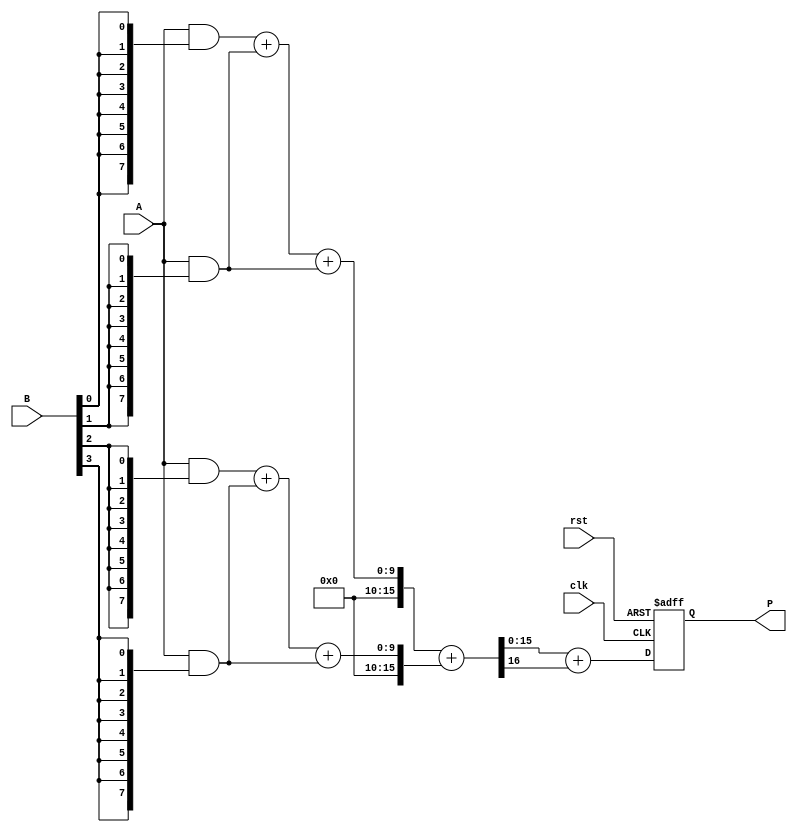
module wallace_tree_multiplier #(parameter WIDTH = 8) (
    input wire [WIDTH-1:0] A,
    input wire [WIDTH-1:0] B,
    input wire clk,
    input wire rst,
    output reg [2*WIDTH-1:0] P
);

    // Partial product generation
    wire [WIDTH-1:0] partial_products[WIDTH-1:0];
    genvar i;
    generate
        for (i = 0; i < WIDTH; i = i + 1) begin : pp_gen
            assign partial_products[i] = A & {WIDTH{B[i]}};
        end
    endgenerate

    // Wallace tree reduction
    wire [2*WIDTH-1:0] sum[WIDTH-1:0];
    wire [WIDTH-1:0] carry[WIDTH-1:0];

    // Level 1 reduction
    generate
        for (i = 0; i < WIDTH; i = i + 1) begin : level1
            if (i % 2 == 0 && i + 1 < WIDTH) begin
                assign {carry[i], sum[i]} = partial_products[i] + partial_products[i + 1];
            end else if (i % 2 == 1) begin
                assign sum[i] = partial_products[i];
                assign carry[i] = 0;
            end
        end
    endgenerate

    // Level 2 reduction
    wire [2*WIDTH-1:0] sum_level2[WIDTH/2-1:0];
    wire [WIDTH-1:0] carry_level2[WIDTH/2-1:0];

    generate
        for (i = 0; i < WIDTH/2; i = i + 1) begin : level2
            assign {carry_level2[i], sum_level2[i]} = sum[2*i] + sum[2*i + 1];
        end
    endgenerate

    // Final addition stage
    wire [2*WIDTH-1:0] final_sum;
    wire [WIDTH-1:0] final_carry;

    assign {final_carry, final_sum} = sum_level2[0] + sum_level2[1];

    // Output generation
    always @(posedge clk or posedge rst) begin
        if (rst) begin
            P <= 0;
        end else begin
            P <= final_sum + final_carry;
        end
    end

endmodule